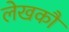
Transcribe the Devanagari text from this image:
लेखकौं